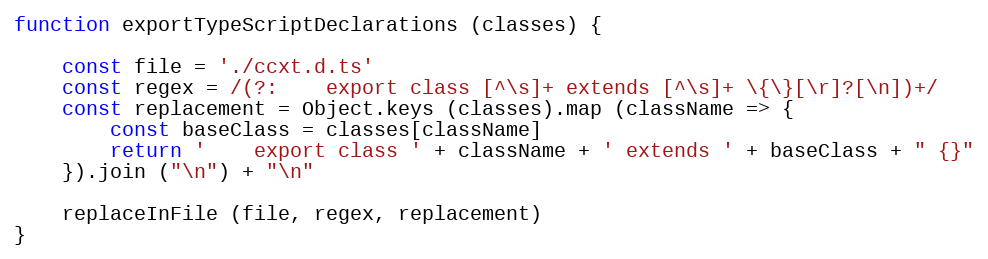
Language: JavaScript
function exportTypeScriptDeclarations (classes) {

    const file = './ccxt.d.ts'
    const regex = /(?:    export class [^\s]+ extends [^\s]+ \{\}[\r]?[\n])+/
    const replacement = Object.keys (classes).map (className => {
        const baseClass = classes[className]
        return '    export class ' + className + ' extends ' + baseClass + " {}"
    }).join ("\n") + "\n"

    replaceInFile (file, regex, replacement)
}